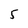
Character: 5